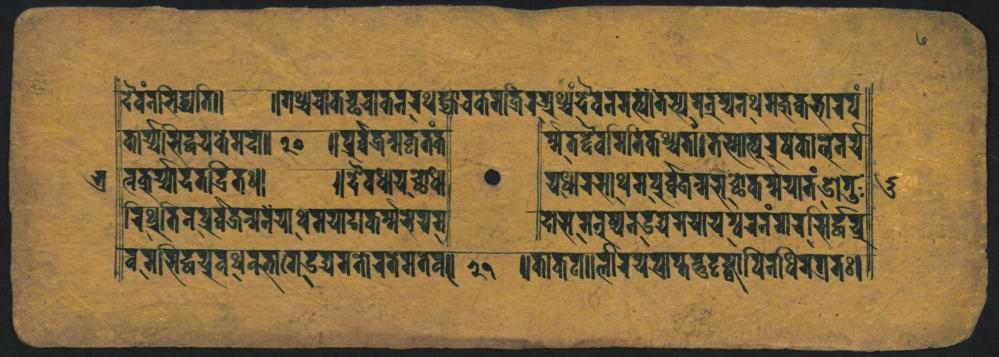
𑐡𑐾𑐰𑑄𑐨𑐶𑐢𑑂𑐫𑐟𑐶𑑋 𑐎𑐵𑐬𑑂𑐫𑐵𑐳𑐡𑑂𑐢𑐫𑐟𑑂𑐬𑐾𑐩𑐰𑐵𑑋 𑐰𑐎𑐸𑐬𑑂𑐫𑑂𑐫𑐵𑐡𑐬𑐡𑑂𑐬𑐶𑐟𑑌 𑐬𑐶𑐢𑑂𑐬𑐷𑐟𑐶𑐣𑐥𑐸𑐬𑑂𑐰𑑂𑐰𑐖𑐣𑑂𑐫𑐣𑐾𑐫𑐵𑐬𑑂𑐾𑐩𑐫𑐵𑐡𑐵𑐎𑐬𑑂𑐩𑑂𑐩𑐳𑐾𑐫 𑐬𑐬𑐳𑐶𑐡𑑂𑐢𑐫𑐰𑐢𑑂𑐫𑐧𑐨𑐵𑐐𑐡𑑂𑐬𑐫𑐐𑐟𑑀𑐬𑐟𑐾𑐩𑐟𑐰𑐵